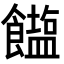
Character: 𮩒